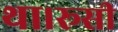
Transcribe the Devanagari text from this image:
था।रूसी